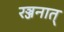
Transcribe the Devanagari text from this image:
रञ्जनात्